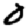
Digit: 0